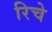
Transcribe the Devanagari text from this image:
रिचे